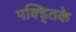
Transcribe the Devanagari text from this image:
पक्ड्तिके